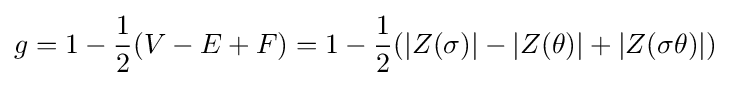
g=1-{\frac {1}{2}}(V-E+F)=1-{\frac {1}{2}}(|Z(\sigma )|-|Z(\theta )|+|Z(\sigma \theta )|)